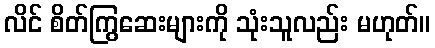
လိင် စိတ်ကြွဆေးများကို သုံးသူလည်း မဟုတ်။